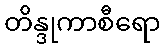
တိန္ဒုကာစီရော